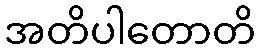
အတိပါတောတိ